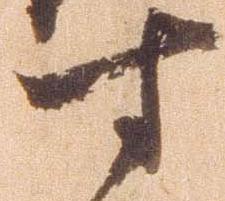
寸